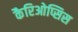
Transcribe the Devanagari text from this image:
कैरिओप्सिस